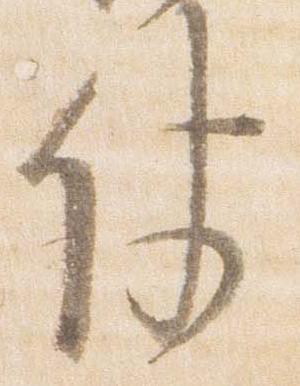
仗